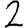
Digit: 2